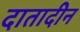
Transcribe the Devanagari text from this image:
दातादीन